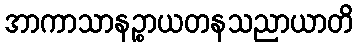
အာကာသာနဉ္စာယတနသညာယာတိ